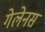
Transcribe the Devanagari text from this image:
गेलेनस